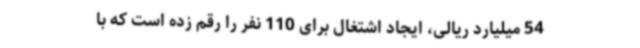
54 میلیارد ریالی، ایجاد اشتغال برای 110 نفر را رقم زده است که با